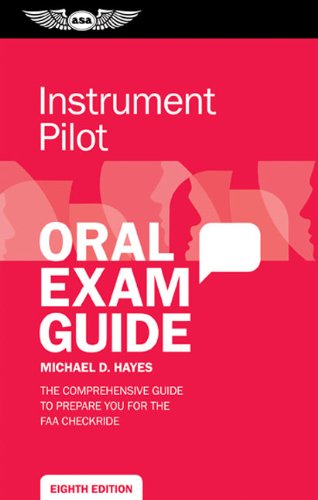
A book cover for Instrument Pilot Oral Exam Guide: The comprehensive guide to prepare you for the FAA checkride (Oral Exam Guide series); Michael D. Hayes; Engineering & Transportation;